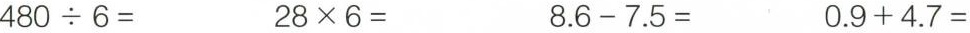
$$4 8 0 \div 6 =$$ $$2 8 \times 6 =$$ $$8 . 6 - 7 . 5 =$$ $$0 . 9 + 4 . 7 = $$